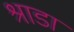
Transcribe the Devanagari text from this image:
श्राडा